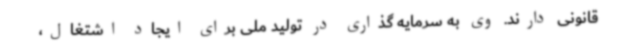
قانونی دارند. وی به سرمایه گذاری در تولید ملی برای ایجاد اشتغال،